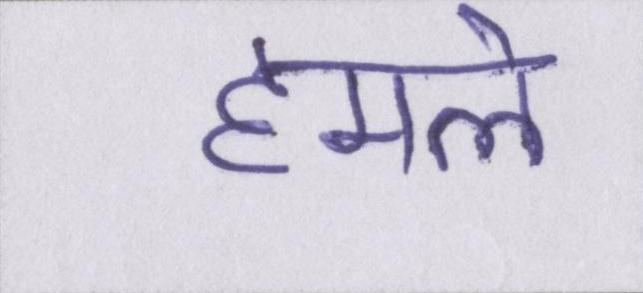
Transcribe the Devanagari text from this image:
हमले